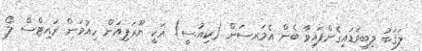
ލަޤަބު ލިބިވަޑައިގެންފައިވާ ބެން އެމަރސަން (ކިއު.ސީ) އަކީ ޔޫރަޕިއަން ހިއުމަން ރައިޓްސް ލޯ